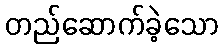
တည်ဆောက်ခဲ့သော